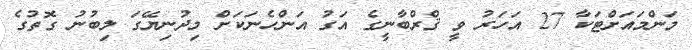
މަންމައަށްޓަކާ 27 އަހަރު ވީ ޤްރްބާނީގެ އަގު އަންހެނަކަށް މިދުނިޔޭގަ ލިބުނު ގޮތުގެ